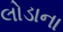
લોડાના